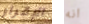
الإقرار انه